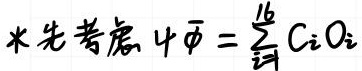
$*先考虑 \psi \bar{\psi}=\sum_{i=1}^{16} C_{i} O_{i}$